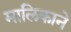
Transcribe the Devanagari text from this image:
मालिकाने